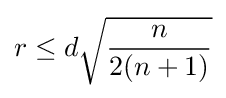
r\leq d{\sqrt {\frac {n}{2(n+1)}}}